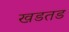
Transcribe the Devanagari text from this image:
खडतड